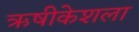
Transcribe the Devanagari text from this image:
ऋषीकेशला